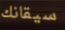
سيقانك